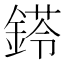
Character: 𨩖